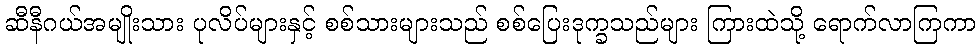
ဆီနီဂယ်အမျိုးသား ပုလိပ်များနှင့် စစ်သားများသည် စစ်ပြေးဒုက္ခသည်များ ကြားထဲသို့ ရောက်လာကြကာ